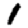
Digit: 1